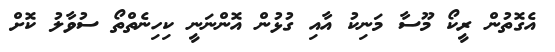
އެގޮތުން ރީކޯ މޫސާ މަނިކު އާއި ގުޅުން އޮންނަނީ ކިހިނެތްތޯ ސުވާލު ކޮށް